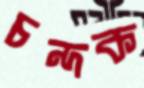
চন্দক